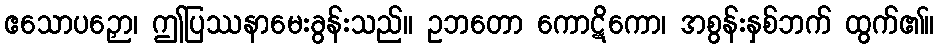
ဧသောပဉှော၊ ဤပြဿနာမေးခွန်းသည်။ ဥဘတော ကောဋိကော၊ အစွန်းနှစ်ဘက် ထွက်၏။